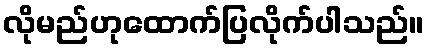
လိုမည်ဟုထောက်ပြလိုက်ပါသည်။